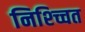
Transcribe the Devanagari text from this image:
निश्च्चित